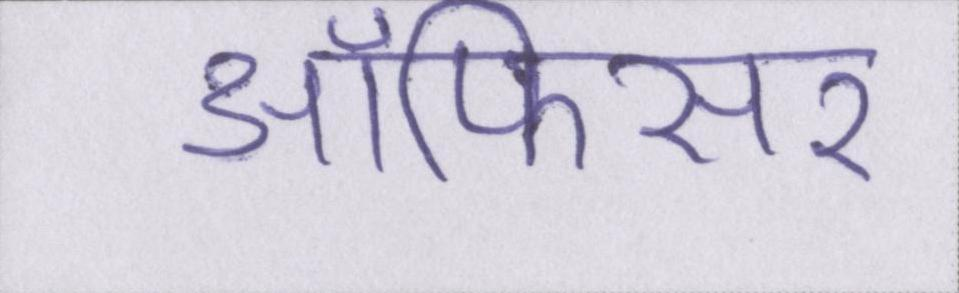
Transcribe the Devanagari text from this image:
ऑफिसर